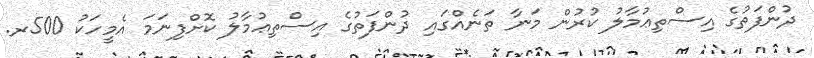
ދުންފަތުގެ އިސްތިޢުމާލު ކުރުން މަނާ ތަނެއްގައި ދުންފަތުގެ އިސްތިޢުމާލު ކޮށްފިނަމަ އެމީހަކު 500ރ.